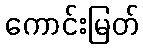
ကောင်းမြတ်